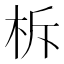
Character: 柝